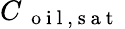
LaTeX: C_{\mathrm{~{~o~i~l~,~s~a~t~}~}}